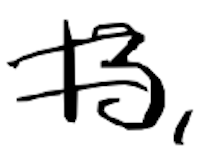
Text: 13,
Cross-out: double-line
Writing tool: digital_black